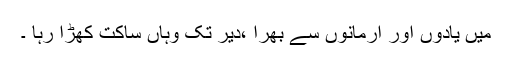
میں یادوں اور ارمانوں سے بھرا ،دیر تک وہاں ساکت کھڑا رہا ۔